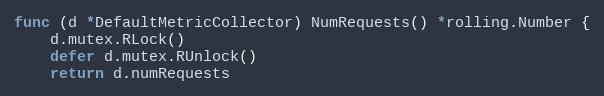
Language: Go
func (d *DefaultMetricCollector) NumRequests() *rolling.Number {
	d.mutex.RLock()
	defer d.mutex.RUnlock()
	return d.numRequests